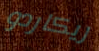
ريكاردو